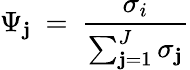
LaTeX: \Psi_{\mathbf{j}}\: =\: \frac{{\sigma_{i}}}{{\sum_{\mathbf{j}=1}^{J}{\sigma_{\mathbf{j}}}}}